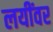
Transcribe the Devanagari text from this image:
लयींवर